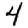
Digit: 4